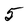
Character: 5